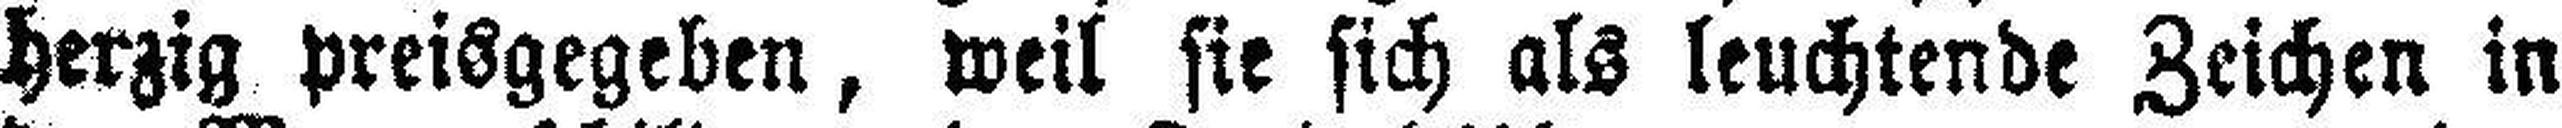
herzig preisgegeben, weil sie sich als leuchtende Zeichen in